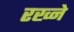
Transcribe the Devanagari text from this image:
रख्ने